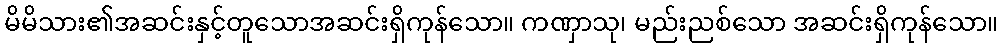
မိမိသား၏အဆင်းနှင့်တူသောအဆင်းရှိကုန်သော။ ကဏှာသု၊ မည်းညစ်သော အဆင်းရှိကုန်သော။